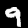
Digit: 9